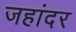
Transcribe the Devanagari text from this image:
जहांदर